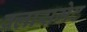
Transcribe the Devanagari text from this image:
क्लासमेट